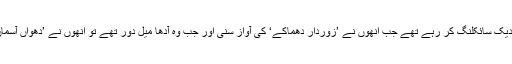
وہ بٹی کالوا شہر کے نزدیک سائکلنگ کر رہے تھے جب انھوں نے ’زوردار دھماکے‘ کی آواز سنی اور جب وہ آدھا میل دور تھے تو انھوں نے ’دھواں آسمان کی جانب جاتے دیکھا۔